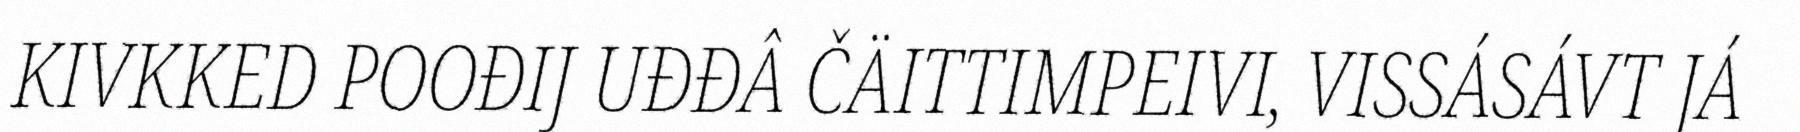
KIVKKED POOĐIJ UĐĐÂ ČÄITTIMPEIVI, VISSÁSÁVT JÁ